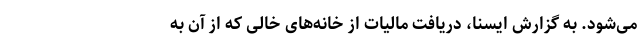
می‌شود. به گزارش ایسنا، دریافت مالیات از خانه‌های خالی که از آن به